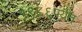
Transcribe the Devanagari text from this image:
१९८६पर्यंत